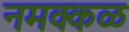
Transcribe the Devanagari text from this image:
नमक्कळ